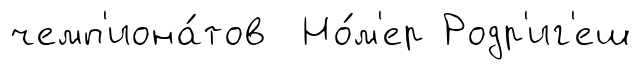
чемп'иона́тов Но́м'ер Родр'иг'еш